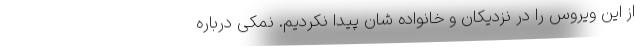
از این ویروس را در نزدیکان و خانواده شان پیدا نکردیم. نمکی درباره